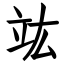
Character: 竑